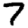
Digit: 7